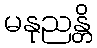
မနုညန္တိ